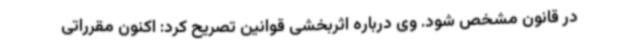
در قانون مشخص شود. وی درباره اثربخشی قوانین تصریح کرد: اکنون مقرراتی